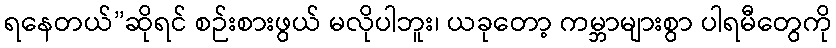
ရနေတယ်”ဆိုရင် စဉ်းစားဖွယ် မလိုပါဘူး၊ ယခုတော့ ကမ္ဘာများစွာ ပါရမီတွေကို